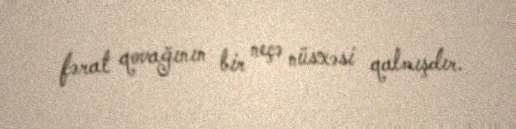
fərat qovağının bir neçə nüsxəsi qalmışdır.